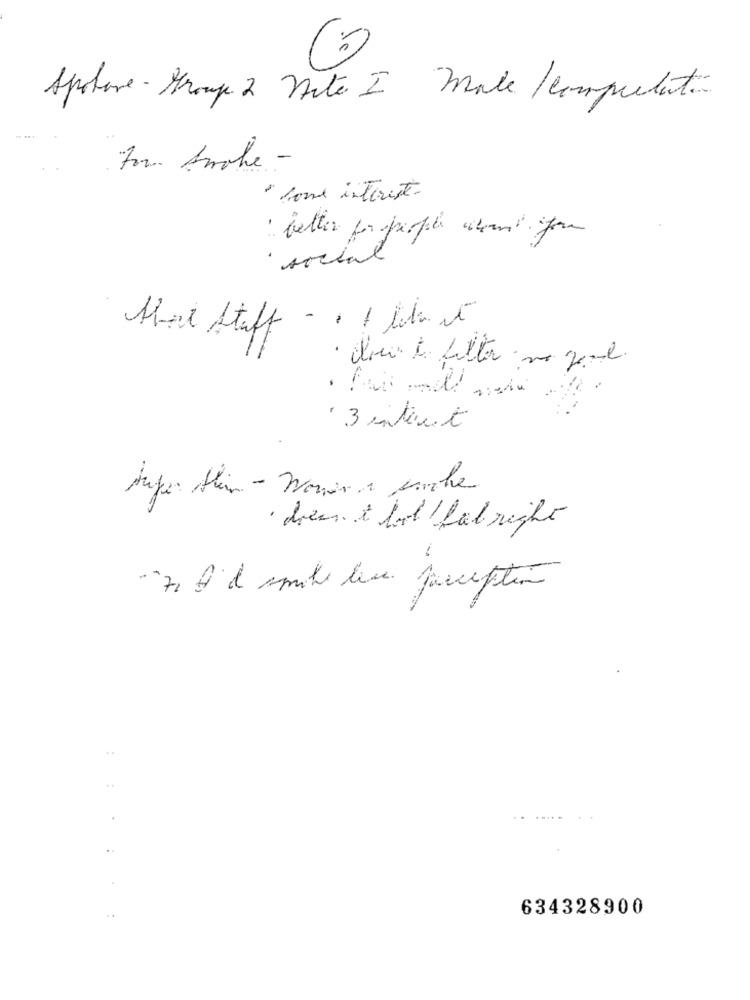
Spolare - Group 2 nite I make / computati
For Anche -
" some interest.
: better por sprofile about for
social
there Stuff - . I like it
· close to filter na zeml.
3 internet
· bien & bol fab right
"70 À a smile leve perception
634328900